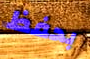
بحفظ